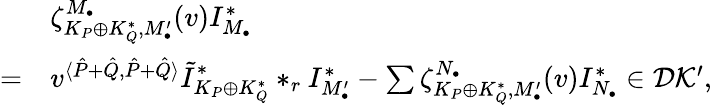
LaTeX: \begin{array}{rl}&{\zeta_{K_{P}\oplus K_{Q}^{*},M_{\bullet}^{\prime}}^{M_{\bullet}}(v)I_{M_{\bullet}}^{*}}\\ {=}&{v^{\langle\hat{P}+\hat{Q},\hat{P}+\hat{Q}\rangle}\tilde{I}_{K_{P}\oplus K_{Q}^{*}}^{*}*_{r}I_{M_{\bullet}^{\prime}}^{*}-\sum\zeta_{K_{P}\oplus K_{Q}^{*},M_{\bullet}^{\prime}}^{N_{\bullet}}(v)I_{N_{\bullet}}^{*}\in{\mathcal D}{\mathcal K}^{\prime},}\end{array}